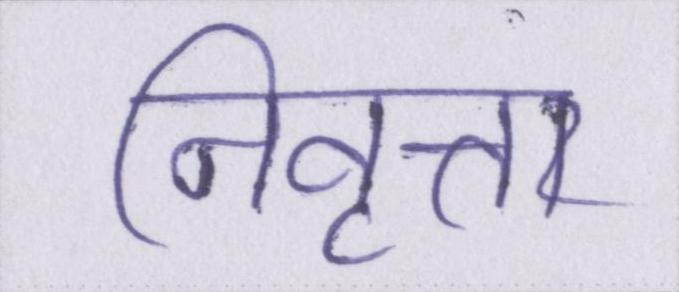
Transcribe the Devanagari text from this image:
निवृत्त